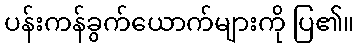
ပန်းကန်ခွက်ယောက်များကို ပြ၏။